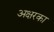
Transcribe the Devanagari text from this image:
अक्षरका